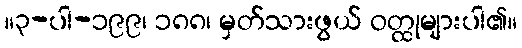
။၃-ပါ-၁၉၉၊ ၁၈၈၊ မှတ်သားဖွယ် ဝတ္ထုများပါ၏။